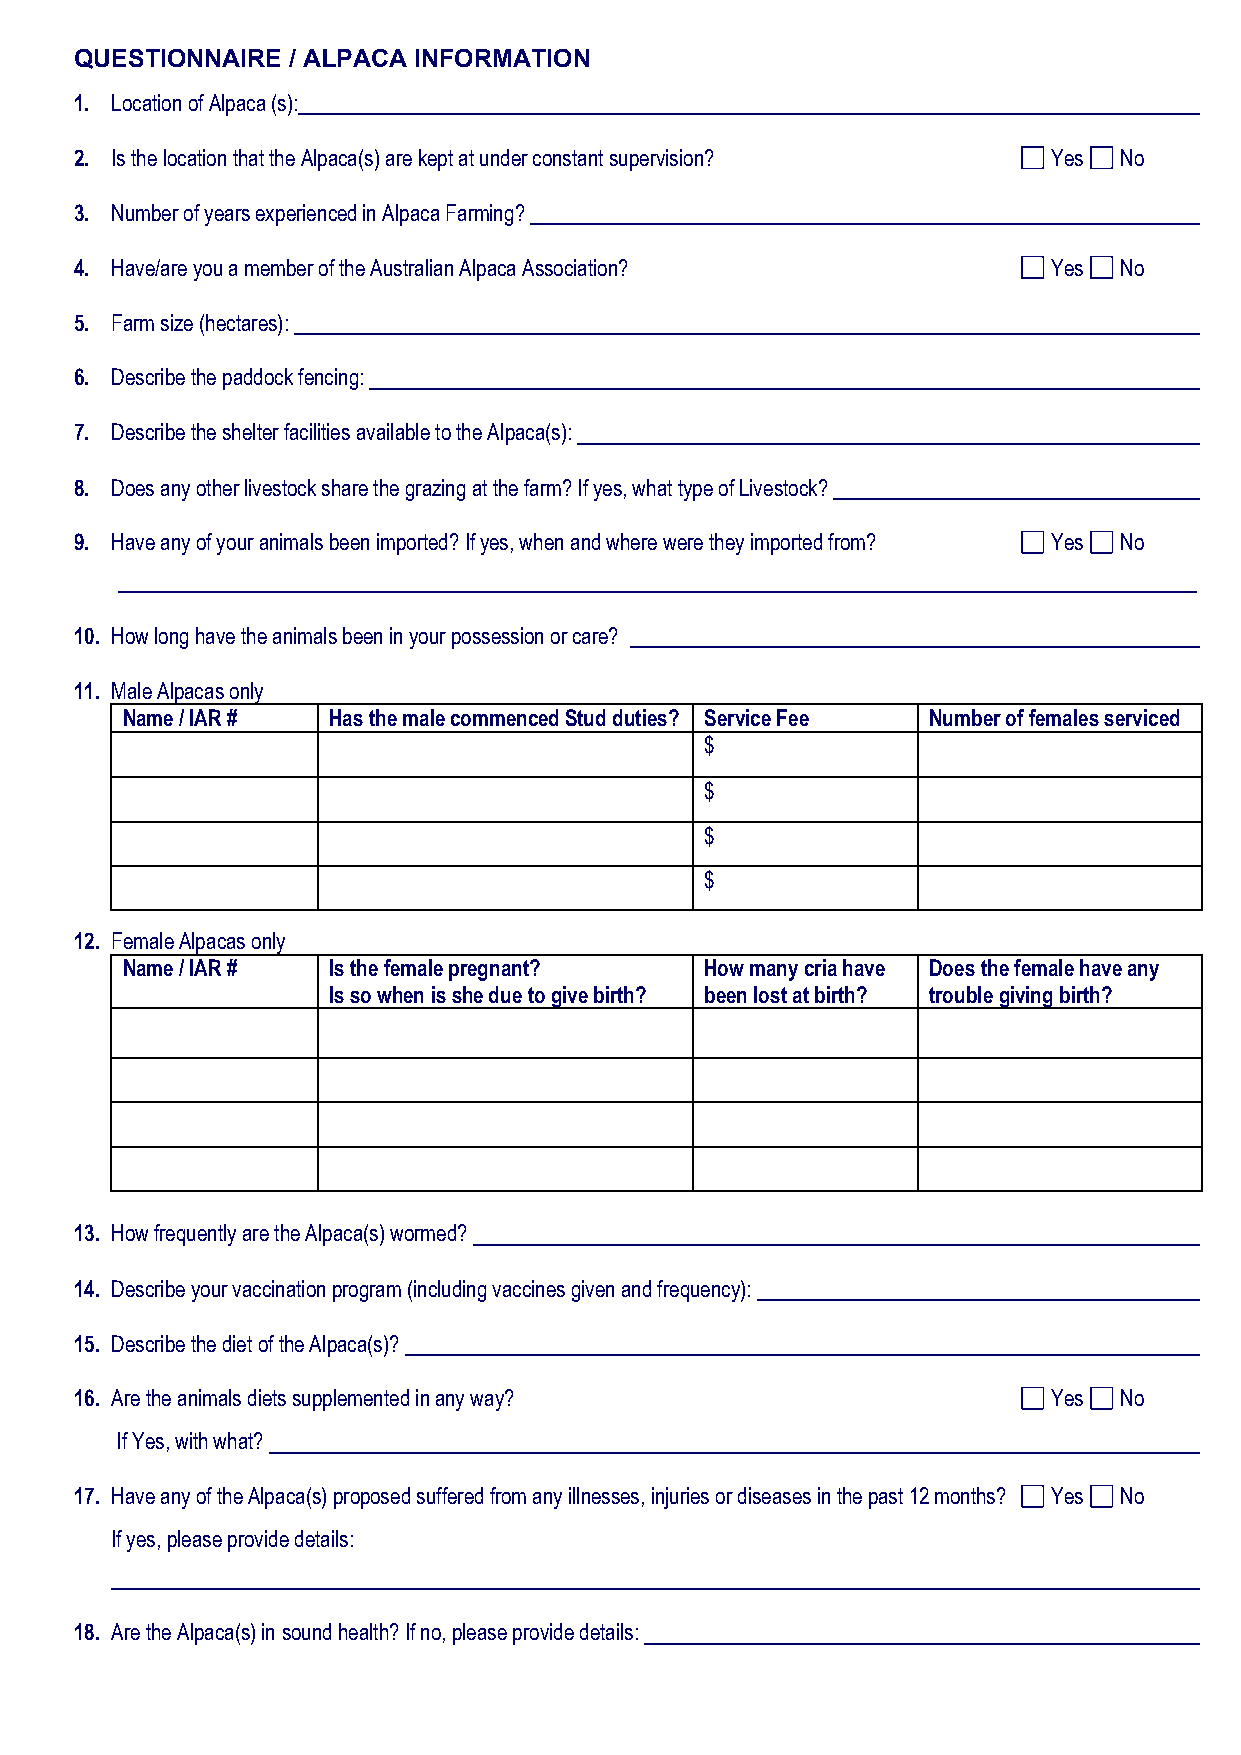
QUESTIONNAIRE / ALPACA INFORMATION
 1. Location of Alpaca (s):
 2. Is the location that the Alpaca(s) are kept at under constant supervision? Yes No
 3. Number of years experienced in Alpaca Farming?
 4. Have/are you a member of the Australian Alpaca Association?   Yes No
 5. Farm size (hectares):
 6. Describe the paddock fencing:
 7. Describe the shelter facilities available to the Alpaca(s):
 8. Does any other livestock share the grazing at the farm? If yes, what type of Livestock?
 9. Have any of your animals been imported? If yes, when and where were they imported from? Yes No
 10. How long have the animals been in your possession or care?
 11. Male Alpacas only
 Name / IAR #  Has the male commenced Stud duties? Service Fee Number of females serviced
 $
 $
 $
 $
 12. Female Alpacas only
 Name / IAR #  Is the female pregnant?  How many cria have Does the female have any
 Is so when is she due to give birth? been lost at birth? trouble giving birth?
 13. How frequently are the Alpaca(s) wormed?
 14. Describe your vaccination program (including vaccines given and frequency):
 15. Describe the diet of the Alpaca(s)?
 16. Are the animals diets supplemented in any way?               Yes No
 If Yes, with what?
 17. Have any of the Alpaca(s) proposed suffered from any illnesses, injuries or diseases in the past 12 months? Yes No
 If yes, please provide details:
 18. Are the Alpaca(s) in sound health? If no, please provide details: